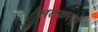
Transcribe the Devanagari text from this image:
सतकरणी